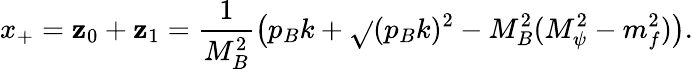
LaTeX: x_{+}=\mathbf{z}_{0}+\mathbf{z}_{1}=\frac{{1}}{{M_{B}^{2}}}\left(p_{B}k+\sqrt{}{{(p_{B}k)^{2}-M_{B}^{2}(M_{\psi}^{2}-m_{f}^{2})}}\right).